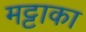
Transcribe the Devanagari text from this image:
मट्टाका